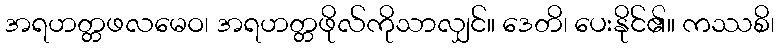
အရဟတ္တဖလမေဝ၊ အရဟတ္တဖိုလ်ကိုသာလျှင်။ ဒေတိ၊ ပေးနိုင်၏။ ကဿစိ၊